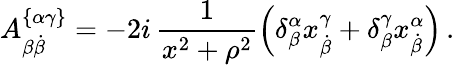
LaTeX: A_{\beta\dot{\beta}}^{\{ \alpha\gamma\} }=-2i\, \frac{1}{x^{2}+\rho^{2}}\left(\delta_{\beta}^{\alpha}x_{\dot{\beta}}^{\gamma}+\delta_{\beta}^{\gamma}x_{\dot{\beta}}^{\alpha}\right)\, .